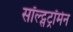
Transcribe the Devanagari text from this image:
सॉल्ट्सट्रॉमेन